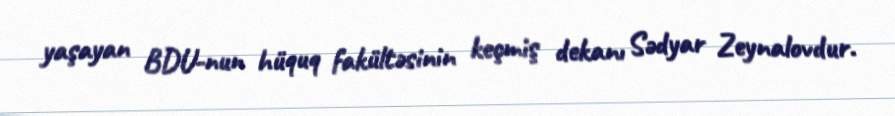
yaşayan BDU-nun hüquq fakültəsinin keçmiş dekanı Sədyar Zeynalovdur.